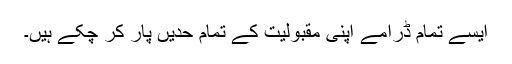
ایسے تمام ڈرامے اپنی مقبولیت کے تمام حدیں پار کر چکے ہیں۔